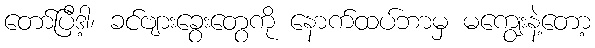
တော်ပြီဒါ့၊ ခင်ဗျားခွေးတွေကို နောက်ထပ်ဘာမှ မကျွေးနဲ့တော့